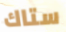
ستاك